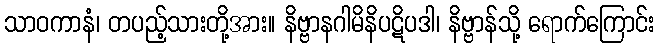
သာဝကာနံ၊ တပည့်သားတို့အား။ နိဗ္ဗာနဂါမိနိပဋိပဒါ၊ နိဗ္ဗာန်သို့ ရောက်ကြောင်း